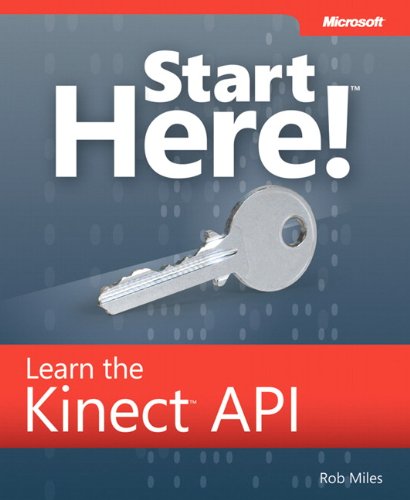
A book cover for Start Here! Learn the Kinect API; Rob Miles; Computers & Technology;